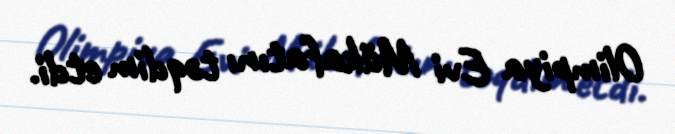
Olimpiya Evi Mükafatını təqdim etdi.